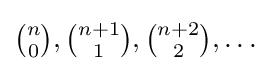
{\tbinom {n}{0}},{\tbinom {n+1}{1}},{\tbinom {n+2}{2}},\ldots